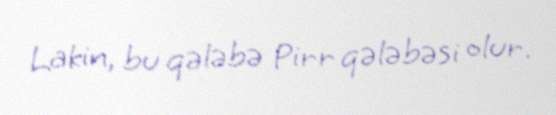
Lakin, bu qələbə Pirr qələbəsi olur.